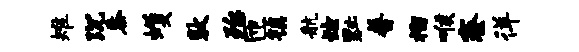
雉沉黍蠖敦殆匝镇航炫黜普榴喉寮徉